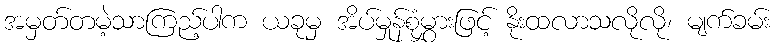
အမှတ်တမဲ့သာကြည့်ပါက ယခုမှ အိပ်မှုန်စုံမွှားဖြင့် နိုးထလာသလိုလို၊ မျက်ခမ်း